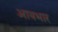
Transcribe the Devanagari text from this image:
आयभार